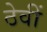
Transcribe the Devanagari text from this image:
ठेवीं